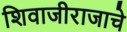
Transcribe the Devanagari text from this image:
शिवाजीराजाचे